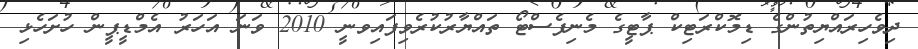
ދިވެހިރައްޔިތުންގެ ޑިމޮކްރަޓިކް ޕާޓީގެ މެނިފެސްޓޯ ތައްޔާރުކުރެވިފައިވނީ 2010 ވަނަ އަހަރު އެމްޑީޕީން ހުށަހެޅި